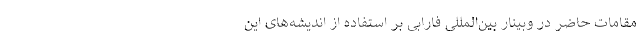
مقامات حاضر در وبینار بین‌المللی فارابی بر استفاده از اندیشه‌های این